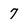
Character: 7